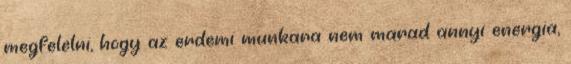
megfelelni, hogy az erdemi munkara nem marad annyi energia,